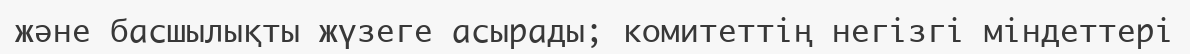
және басшылықты жүзеге асырады; комитеттің негізгі міндеттері